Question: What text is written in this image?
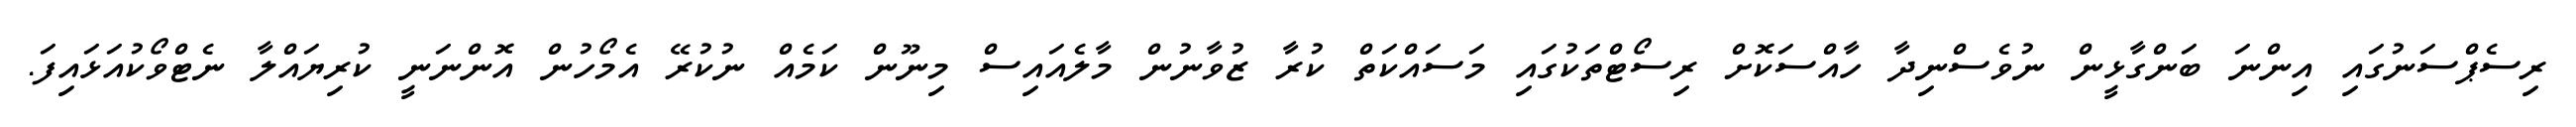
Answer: ރިސެޕްސަނުގައި އިންނަ ބަންގާޅީން ނުވެސްނިދާ ހާއްސަކޮށް ރިސޯޓްތަކުގައި މަސައްކަތް ކުރާ ޒުވާނުން މާލެއައިސް މިނޫން ކަމެއް ނުކުރޭ އެމޯހުން އޮންނަނީ ކުރިޔައްލާ ނެޓްވޯކުއަޅައިފަ.